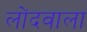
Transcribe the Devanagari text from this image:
लोंदवाला